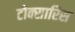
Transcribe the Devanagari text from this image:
टोक्सारिस